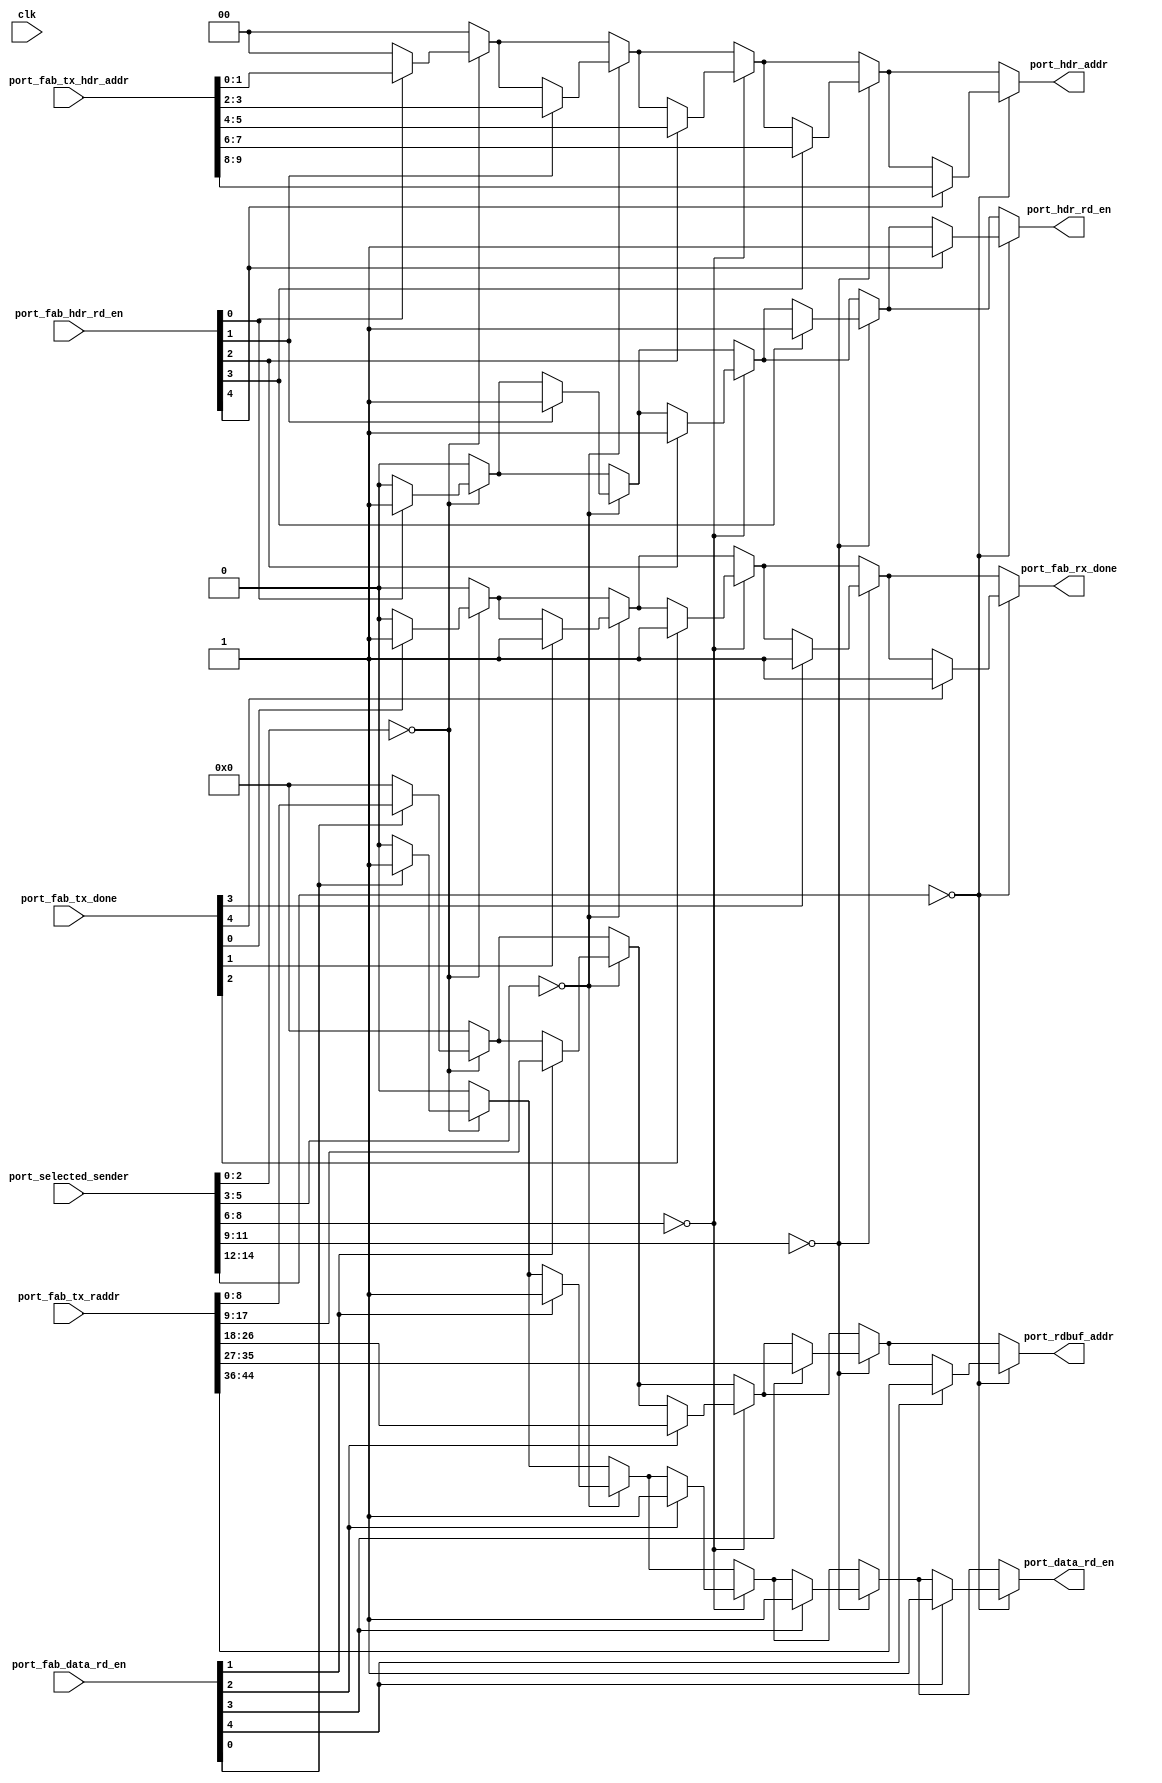
`timescale 1ns / 1ps
/***********************************************************************************************************************
*                                                                                                                      *
* ANTIKERNEL v0.1                                                                                                      *
*                                                                                                                      *
* Copyright (c) 2012-2016 Andrew D. Zonenberg                                                                          *
* All rights reserved.                                                                                                 *
*                                                                                                                      *
* Redistribution and use in source and binary forms, with or without modification, are permitted provided that the     *
* following conditions are met:                                                                                        *
*                                                                                                                      *
*    * Redistributions of source code must retain the above copyright notice, this list of conditions, and the         *
*      following disclaimer.                                                                                           *
*                                                                                                                      *
*    * Redistributions in binary form must reproduce the above copyright notice, this list of conditions and the       *
*      following disclaimer in the documentation and/or other materials provided with the distribution.                *
*                                                                                                                      *
*    * Neither the name of the author nor the names of any contributors may be used to endorse or promote products     *
*      derived from this software without specific prior written permission.                                           *
*                                                                                                                      *
* THIS SOFTWARE IS PROVIDED BY THE AUTHORS "AS IS" AND ANY EXPRESS OR IMPLIED WARRANTIES, INCLUDING, BUT NOT LIMITED   *
* TO, THE IMPLIED WARRANTIES OF MERCHANTABILITY AND FITNESS FOR A PARTICULAR PURPOSE ARE DISCLAIMED. IN NO EVENT SHALL *
* THE AUTHORS BE HELD LIABLE FOR ANY DIRECT, INDIRECT, INCIDENTAL, SPECIAL, EXEMPLARY, OR CONSEQUENTIAL DAMAGES        *
* (INCLUDING, BUT NOT LIMITED TO, PROCUREMENT OF SUBSTITUTE GOODS OR SERVICES; LOSS OF USE, DATA, OR PROFITS; OR       *
* BUSINESS INTERRUPTION) HOWEVER CAUSED AND ON ANY THEORY OF LIABILITY, WHETHER IN CONTRACT, STRICT LIABILITY, OR TORT *
* (INCLUDING NEGLIGENCE OR OTHERWISE) ARISING IN ANY WAY OUT OF THE USE OF THIS SOFTWARE, EVEN IF ADVISED OF THE       *
* POSSIBILITY OF SUCH DAMAGE.                                                                                          *
*                                                                                                                      *
***********************************************************************************************************************/

/**
	@file
	@author Andrew D. Zonenberg
	@brief Figure out who's using our output and pick the right addresses
 */
module DMARouterInboxTracking(
	clk,
	port_selected_sender,
	port_fab_data_rd_en, port_fab_hdr_rd_en, port_fab_tx_raddr, port_fab_tx_hdr_addr,
	port_fab_tx_done, port_fab_rx_done, port_rdbuf_addr, port_hdr_addr,
	port_hdr_rd_en, port_data_rd_en
	);
	
	////////////////////////////////////////////////////////////////////////////////////////////////////////////////////
	// I/O declarations
	
	//Network clock
	input wire								clk;
	
	//Number of downstream ports (upstream not included in total)
	parameter PORT_COUNT					= 4;
	
	//Index of this port
	parameter THIS_PORT						= 0;
	
	//Number of total ports including upstream
	localparam TOTAL_PORT_COUNT				= PORT_COUNT + 1;
	
	input wire[3*TOTAL_PORT_COUNT - 1 : 0]	port_selected_sender;
	input wire[TOTAL_PORT_COUNT - 1 : 0]	port_fab_tx_done;
	
	input wire[TOTAL_PORT_COUNT-1 : 0]		port_fab_data_rd_en;
	input wire[TOTAL_PORT_COUNT-1 : 0]		port_fab_hdr_rd_en;
	input wire[TOTAL_PORT_COUNT*2 - 1:0]	port_fab_tx_hdr_addr;
	input wire[TOTAL_PORT_COUNT*9 - 1:0]	port_fab_tx_raddr;
	
	//Clear inbox
	output reg								port_fab_rx_done;
	
	//Inbox SRAM read address for this port
	output reg								port_hdr_rd_en;
	output reg								port_data_rd_en;
	output reg[1:0]							port_hdr_addr;
	output reg[8:0]							port_rdbuf_addr;

	////////////////////////////////////////////////////////////////////////////////////////////////////////////////////
	// Main control logic
	
	integer i;
	always @(*) begin
	
		//Default to not done
		port_fab_rx_done <= 0;
		
		//Default address to zero if nobody is reading from us
		port_rdbuf_addr <= 0;
		port_hdr_addr	<= 0;
		port_hdr_rd_en	<= 0;
		port_data_rd_en	<= 0;
	
		//Check all ports and see if we're routing to them
		for(i=0; i<TOTAL_PORT_COUNT; i=i+1) begin
			if(port_selected_sender[3*i +: 3] == THIS_PORT) begin
		
				//Use their address if they're actually reading
				if(port_fab_data_rd_en[i]) begin
					port_data_rd_en	<= 1;
					port_rdbuf_addr <= port_fab_tx_raddr[i*9 +: 9];
				end
				if(port_fab_hdr_rd_en[i]) begin
					port_hdr_rd_en	<= 1;
					port_hdr_addr	<= port_fab_tx_hdr_addr[i*2 +: 2];
				end
		
				//If any ports are reading from us, and done, then flush our inbox
				if(port_fab_tx_done[i])
					port_fab_rx_done <= 1;
		
			end
		end

	end
	
endmodule